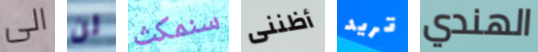
الى لن سنمكث أظننى تريد الهندي